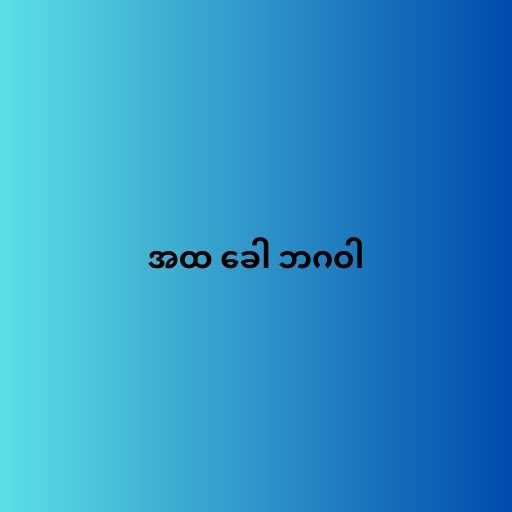
အထ ခေါ ဘဂဝါ